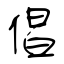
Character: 倡